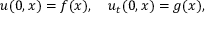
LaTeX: u ( 0 , x ) = f ( x ) , \quad u _ { t } ( 0 , x ) = g ( x ) ,